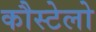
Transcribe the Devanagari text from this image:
कौस्टेलो